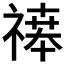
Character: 𬓒